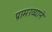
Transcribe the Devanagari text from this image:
प्रामख्याने